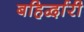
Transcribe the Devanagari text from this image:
बहिर्द्वारी